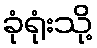
ခုံရုံးသို့